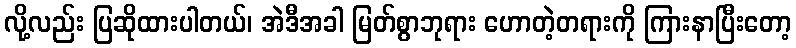
လို့လည်း ပြဆိုထားပါတယ်၊ အဲဒီအခါ မြတ်စွာဘုရား ဟောတဲ့တရားကို ကြားနာပြီးတော့